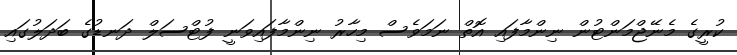
ކުރީގެ މެނޭޖްމަންޓުން ނިންމާފައި އޮތް ނަމަވެސް މިހާރު ނިންމާފައިވަނީ ފުޓްސަލް ދަނޑުގެ ބަދަލުގައި